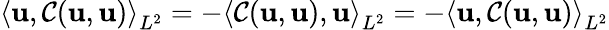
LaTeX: \left<\boldsymbol{\mathbf{u}},\mathcal{{C}}(\boldsymbol{\mathbf{u}},\boldsymbol{\mathbf{u}})\right>_{L^{2}}=-\left<\mathcal{{C}}(\boldsymbol{\mathbf{u}},\boldsymbol{\mathbf{u}}),\boldsymbol{\mathbf{u}}\right>_{L^{2}}=-\left<\boldsymbol{\mathbf{u}},\mathcal{{C}}(\boldsymbol{\mathbf{u}},\boldsymbol{\mathbf{u}})\right>_{L^{2}}